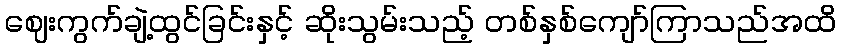
ဈေးကွက်ချဲ့ထွင်ခြင်းနှင့် ဆိုးသွမ်းသည့် တစ်နှစ်ကျော်ကြာသည်အထိ